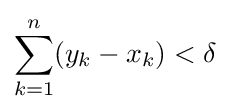
\sum _{k=1}^{n}(y_{k}-x_{k})<\delta